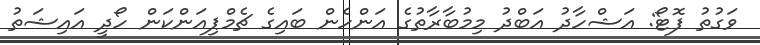
ވަގުތު ފޮޓޯ: އަޝްހާދު އަބްދު މިމުބާރާތުގެ އަންހެން ބައިގެ ޗެމްޕިއަންކަން ހޯދީ އައިޝަތު